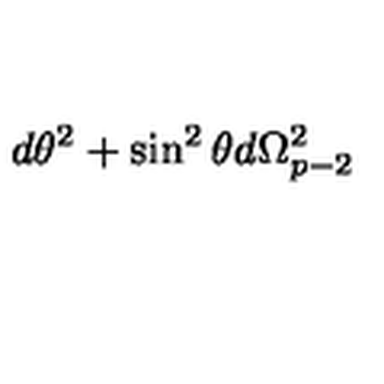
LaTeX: d \theta ^ { 2 } + \sin ^ { 2 } \theta d \Omega _ { p - 2 } ^ { 2 }